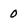
Character: 0